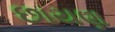
છાયણ